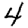
Digit: 4